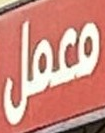
معمل